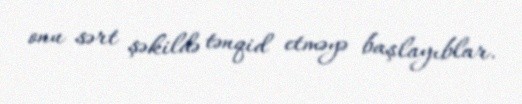
onu sərt şəkildə tənqid etməyə başlayıblar.